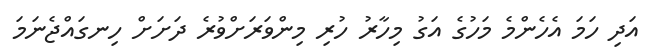
އަދި ހަމަ އެހެންމެ މަހުގެ އަގު މިހާރު ހުރި މިންވަރަށްވުރެ ދަށަށް ހިނގައްޖެނަމަ